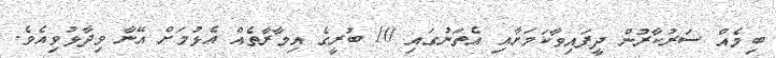
ބިމެއް ސަރުކާރުން ދީފައިވާކަމަށާއި އެތަނުގައި 10 ބުރީގެ އިމާރާތެއް އެޅުމަށް އޭނާ ވިދާޅުވިއެވެ.